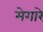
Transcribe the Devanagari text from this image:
मेगारे